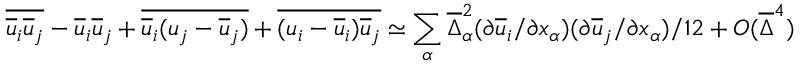
\overline { { \overline { { u } } _ { i } \overline { { u } } _ { j } } } - \overline { { u } } _ { i } \overline { { u } } _ { j } + \overline { { \overline { { u } } _ { i } ( u _ { j } - \overline { { u } } _ { j } ) } } + \overline { { ( u _ { i } - \overline { { u } } _ { i } ) \overline { { u } } _ { j } } } \simeq \sum _ { \alpha } \overline { { \Delta } } _ { \alpha } ^ { 2 } ( \partial \overline { { u } } _ { i } / \partial x _ { \alpha } ) ( \partial \overline { { u } } _ { j } / \partial x _ { \alpha } ) / 1 2 + O ( \overline { { \Delta } } ^ { 4 } )